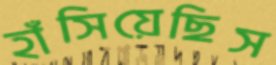
হাঁসিয়েছিস